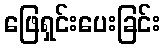
ဖြေရှင်းပေးခြင်း